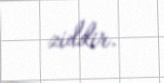
ziddir.